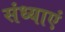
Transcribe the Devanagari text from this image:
संध्याएं